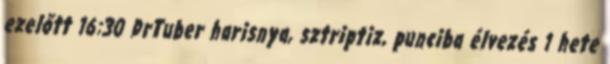
ezelőtt 16:30 DrTuber harisnya, sztriptiz, punciba élvezés 1 hete